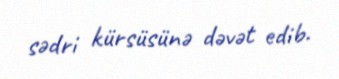
sədri kürsüsünə dəvət edib.